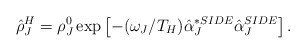
\begin{align*}\hat{\rho}^H_J =\rho ^0_J \exp \left[-(\omega _J/T_H )\hat{\alpha}_J^{*SIDE} \hat{\alpha}_J^{SIDE}\right]. \end{align*}